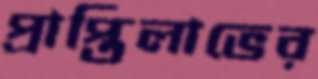
প্রাপ্তিলাভের